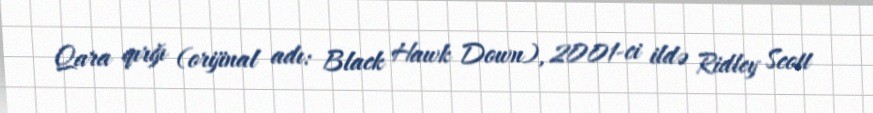
Qara qırğı (orijinal adı: Black Hawk Down), 2001-ci ildə Ridley Scott